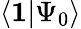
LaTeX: \langle\mathbf{1}|\Psi_{0}\rangle